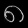
Digit: ၈